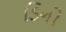
ડિનો